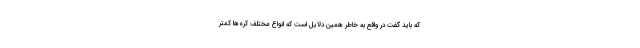
که باید گفت در واقع به خاطر همین دلایل است که انواع مختلف کره‌ها کمتر